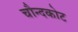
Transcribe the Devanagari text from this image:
चौन्दकोट